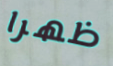
ظهرا